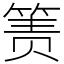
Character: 箦